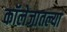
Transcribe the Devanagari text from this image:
कॉलेजातल्या